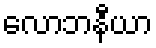
လောဘနီယာ